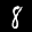
Label: 8